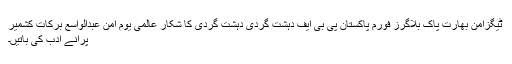
ٹیگزامن بھارت پاک بلاگرز فورم پاکستان پی بی ایف دہشت گردی دہشت گردی کا شکار عالمی یوم امن عبدالواسع برکات کشمیر
پرانے ادب کی باتیں۔